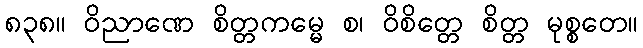
၈၃၈။ ဝိညာဏေ စိတ္တကမ္မေ စ၊ ဝိစိတ္တေ စိတ္တ မုစ္စတေ။